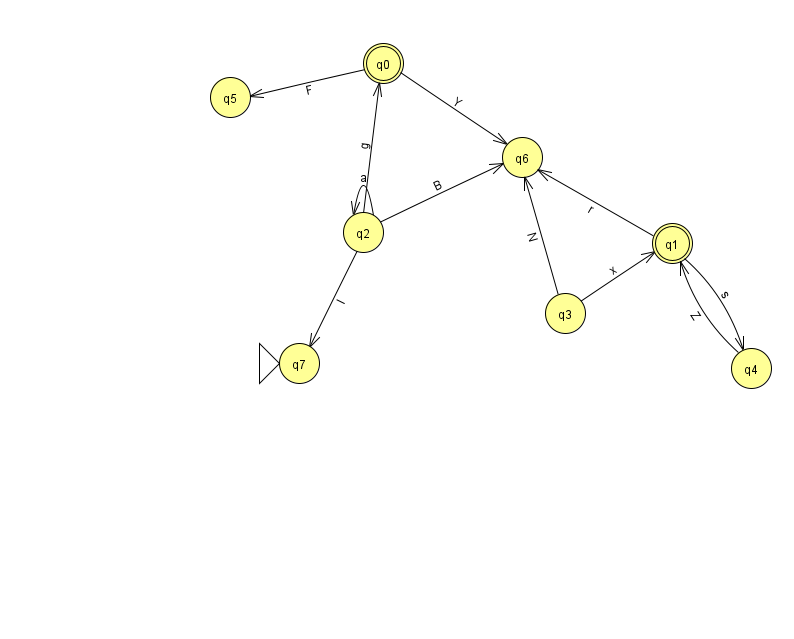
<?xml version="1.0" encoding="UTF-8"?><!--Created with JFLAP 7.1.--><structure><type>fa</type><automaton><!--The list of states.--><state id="0" name="q0"><x>383.0</x><y>50.0</y><final/></state><state id="1" name="q1"><x>672.0</x><y>230.0</y><final/></state><state id="2" name="q2"><x>363.0</x><y>219.0</y></state><state id="3" name="q3"><x>565.0</x><y>300.0</y></state><state id="4" name="q4"><x>751.0</x><y>355.0</y></state><state id="5" name="q5"><x>230.0</x><y>84.0</y></state><state id="6" name="q6"><x>522.0</x><y>144.0</y></state><state id="7" name="q7"><x>299.0</x><y>350.0</y><initial/></state><!--The list of transitions.--><transition><from>3</from><to>6</to><read>N</read></transition><transition><from>2</from><to>2</to><read>a</read></transition><transition><from>2</from><to>6</to><read>B</read></transition><transition><from>2</from><to>7</to><read>I</read></transition><transition><from>2</from><to>0</to><read>g</read></transition><transition><from>4</from><to>1</to><read>Z</read></transition><transition><from>0</from><to>6</to><read>Y</read></transition><transition><from>3</from><to>1</to><read>x</read></transition><transition><from>0</from><to>5</to><read>F</read></transition><transition><from>1</from><to>6</to><read>r</read></transition><transition><from>1</from><to>4</to><read>s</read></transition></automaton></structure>